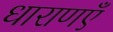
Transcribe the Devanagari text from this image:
धाराणएँ